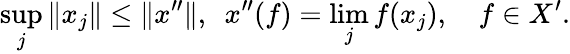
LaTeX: \operatorname*{sup}_{j}\| x_{j}\| \leq\| x^{\prime\prime}\| ,\ \ x^{\prime\prime}(f)=\operatorname*{lim}_{j}f(x_{j}),\quad f\in X^{\prime}.